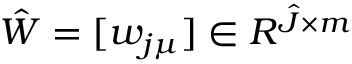
\hat { W } = [ w _ { j \mu } ] \in R ^ { \hat { J } \times m }